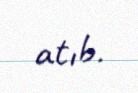
atıb.